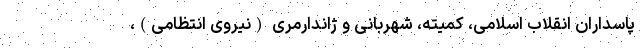
پاسداران انقلاب اسلامی، کمیته، شهربانی و ژاندارمری (نیروی انتظامی)،